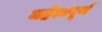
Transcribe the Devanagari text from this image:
महेत्वपूर्ण